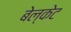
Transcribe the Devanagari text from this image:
बेल्केट